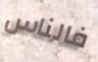
فالناس